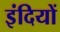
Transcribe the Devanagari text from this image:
इंदियों